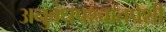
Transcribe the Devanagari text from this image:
अनुबंधपश्चातपेशी